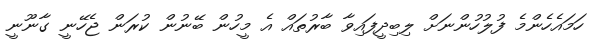
ހަމައެހެންމެ ފުލުހުންނަށް ލިބިދީފައިވާ ބާރުތައް އެ މީހުން ބޭނުން ކުރަން ޖެހޭނީ ގާނޫނީ